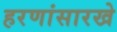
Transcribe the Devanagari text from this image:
हरणांसारखे